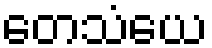
တေသံယေ